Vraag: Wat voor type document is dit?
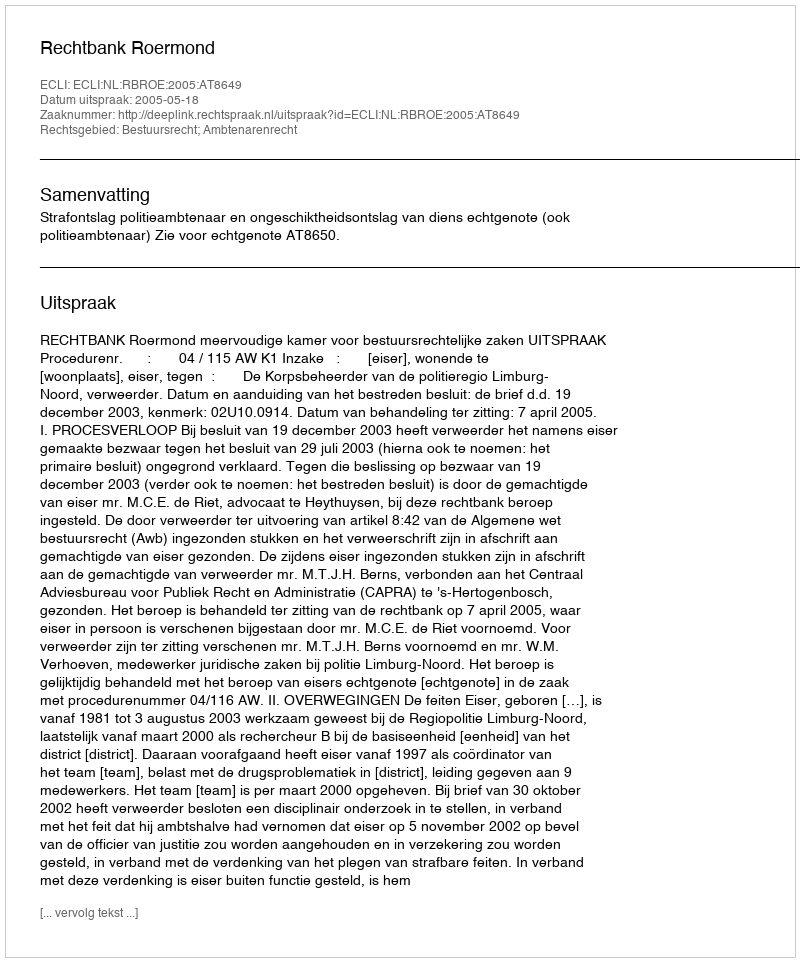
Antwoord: Uitspraak